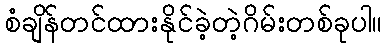
စံချိန်တင်ထားနိုင်ခဲ့တဲ့ဂိမ်းတစ်ခုပါ။